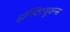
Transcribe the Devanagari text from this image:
इन्स्टिटयूशन्स